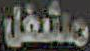
مشغل